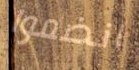
انضموا